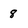
Character: 8